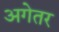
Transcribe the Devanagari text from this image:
अगेतर